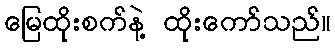
မြေထိုးစက်နဲ့ ထိုးကော်သည်။